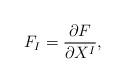
LaTeX: \begin{align*}F_I=\frac{\partial F}{\partial X^I},\end{align*}